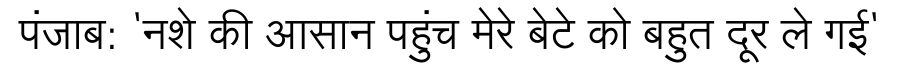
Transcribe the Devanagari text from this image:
पंजाब: 'नशे की आसान पहुंच मेरे बेटे को बहुत दूर ले गई'